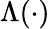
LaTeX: \Lambda(\cdot)